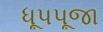
ધૂપપૂજા